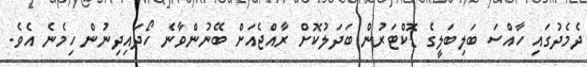
ދެމެދުގައި ހާއްސަ ބަލިބަލީގެ ޑޮކްޓަރުން ބަދަލުކޮށް ރާއްޖެއަށް ބޭނުންވާނެ ހޯދައިދިނުން ހިމެނެ އެވެ.